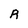
Character: R